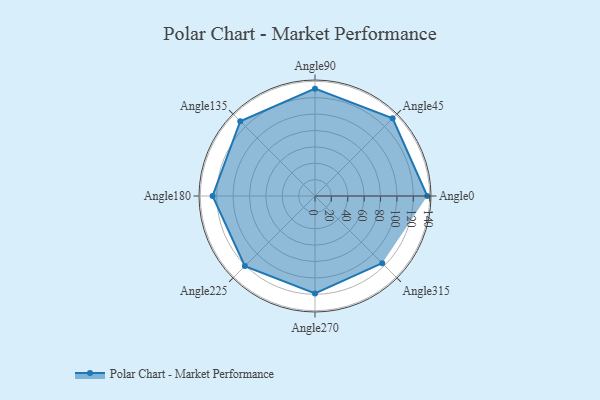
{"axis": {"x": "Angle", "y": "Radius"}, "legend": [""], "data": [{"x": "Angle0", "y": 137.0, "type": ""}, {"x": "Angle45", "y": 134.0, "type": ""}, {"x": "Angle90", "y": 131.0, "type": ""}, {"x": "Angle135", "y": 129.0, "type": ""}, {"x": "Angle180", "y": 125.0, "type": ""}, {"x": "Angle225", "y": 121.0, "type": ""}, {"x": "Angle270", "y": 119.0, "type": ""}, {"x": "Angle315", "y": 116.0, "type": ""}]}